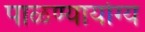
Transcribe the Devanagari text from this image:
पाळण्यायोग्य